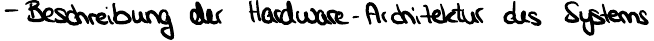
- Beschreibung der Hardware-Architektur des Systems